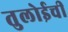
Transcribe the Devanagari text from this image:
तुलोईची